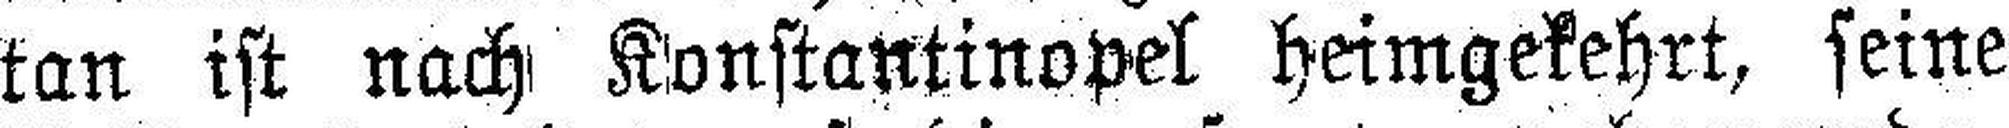
tan ist nach Konstantinopel heimgekehrt, seine